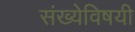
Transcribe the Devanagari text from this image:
संख्येविषयी